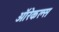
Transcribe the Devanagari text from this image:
ऑरेकल्स